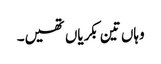
وہاں تین بکریاں تھیں۔